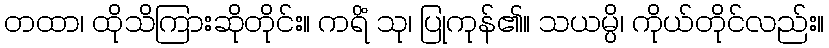
တထာ၊ ထိုသိကြားဆိုတိုင်း။ ကရိံ သု၊ ပြုကုန်၏။ သယမ္ပိ၊ ကိုယ်တိုင်လည်း။